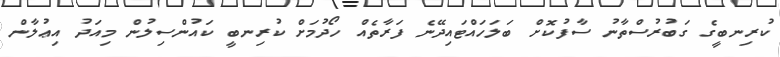
ކުރިނބީގެ ގަބުރުސްތާނު ސާފުކޮށް ބަލަހައްޓައިދޭނެ ފަރާތެއް ހޯދުމަށް ކުރިނބީ ކައުންސިލުން މިއަދު އިޢުލާން